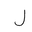
Letter: _lam